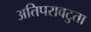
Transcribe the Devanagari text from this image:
अतिपरावटुता